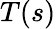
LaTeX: T(s)